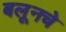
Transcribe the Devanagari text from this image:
बलूनचे